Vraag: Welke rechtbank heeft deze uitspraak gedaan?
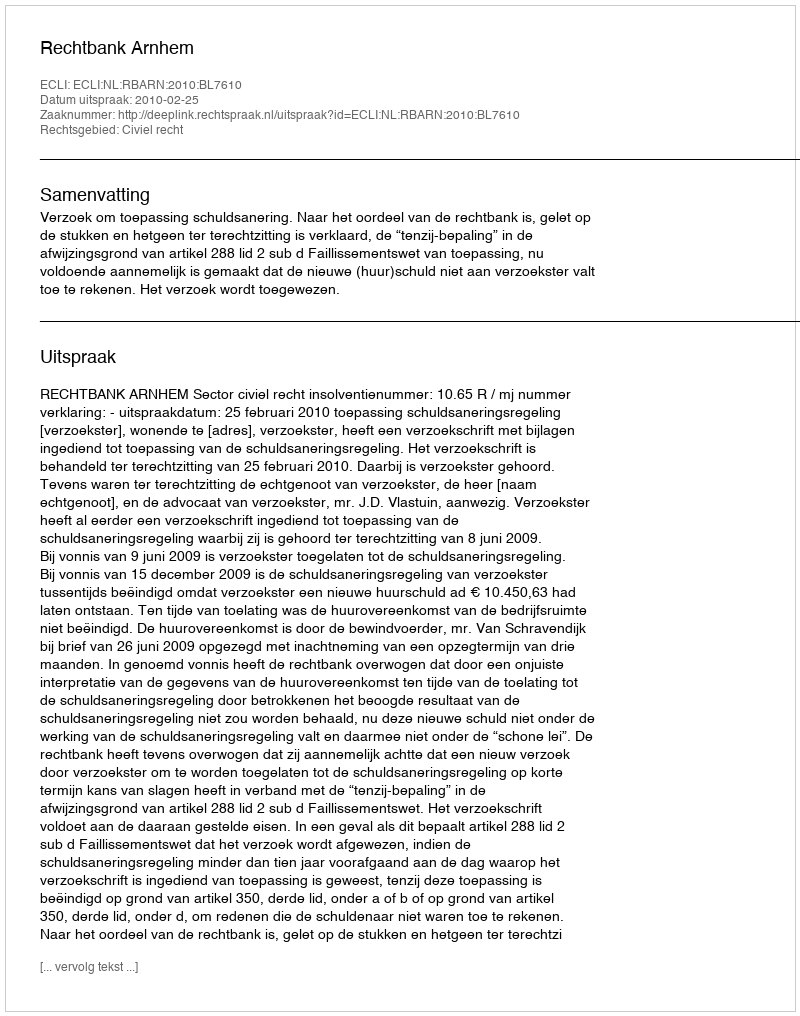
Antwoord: Rechtbank Arnhem